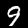
Label: 9